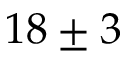
1 8 \pm 3